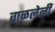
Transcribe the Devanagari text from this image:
वाळलेलीं